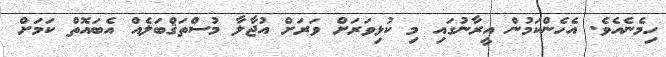
ހިމެނެއެވެ. އެހެންކަމުން އީރާނުގައި މި ކުޅިވަރަށް ވަރަށް އުޖާލާ މުސްތަޤްބަލެއް އެބައޮތް ކަމަށް